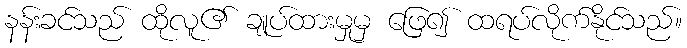
နန်းခင်သည် ထိုလူ၏ ချုပ်ထားမှုမှ ဖြေ၍ ထရပ်လိုက်နိုင်သည်။